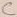
Text: C